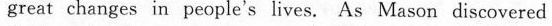
great changes in people's lives. As Mason discovered